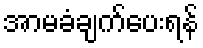
အာမခံချက်ပေးရန်